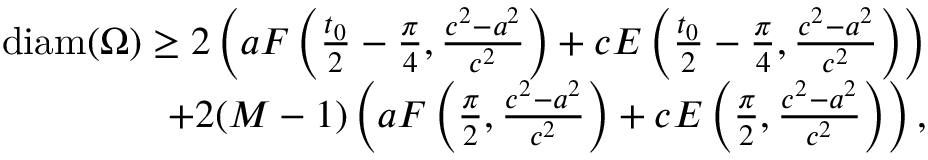
\begin{array} { r } { \mathrm { d i a m } ( \Omega ) \geq 2 \left( a F \left( \frac { t _ { 0 } } { 2 } - \frac { \pi } { 4 } , \frac { c ^ { 2 } - a ^ { 2 } } { c ^ { 2 } } \right) + c E \left( \frac { t _ { 0 } } { 2 } - \frac { \pi } { 4 } , \frac { c ^ { 2 } - a ^ { 2 } } { c ^ { 2 } } \right) \right) } \\ { + 2 ( M - 1 ) \left( a F \left( \frac { \pi } { 2 } , \frac { c ^ { 2 } - a ^ { 2 } } { c ^ { 2 } } \right) + c E \left( \frac { \pi } { 2 } , \frac { c ^ { 2 } - a ^ { 2 } } { c ^ { 2 } } \right) \right) , } \end{array}